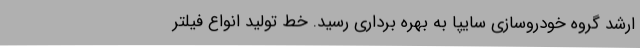
ارشد گروه خودروسازی سایپا به بهره برداری رسید. خط تولید انواع فیلتر